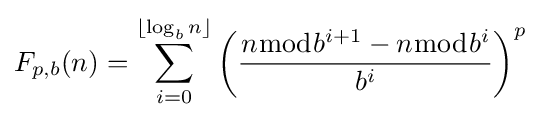
F_{p,b}(n)=\sum _{i=0}^{\lfloor \log _{b}{n}\rfloor }{\left({\frac {n{\bmod {b^{i+1}}}-n{\bmod {b^{i}}}}{b^{i}}}\right)}^{p}